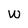
Character: W